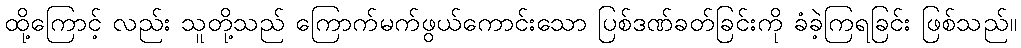
ထို့ကြောင့် လည်း သူတို့သည် ကြောက်မက်ဖွယ်ကောင်းသော ပြစ်ဒဏ်ခတ်ခြင်းကို ခံခဲ့ကြရခြင်း ဖြစ်သည်။